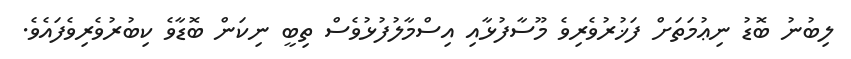
ލިބުނު ބޮޑު ނިޢުމަތަށް ފަޚުރުވެރިވެ މޫސާފުޅާއި އިސްމާލުފުޅުވެސް ތިބީ ނިކަން ބޮޑާވެ ކިބުރުވެރިވެފައެވެ.